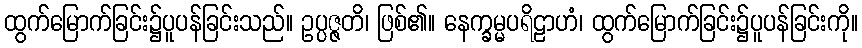
ထွက်မြောက်ခြင်း၌ပူပန်ခြင်းသည်။ ဥပ္ပဇ္ဇတိ၊ ဖြစ်၏။ နေက္ခမ္မပရိဠာဟံ၊ ထွက်မြောက်ခြင်း၌ပူပန်ခြင်းကို။